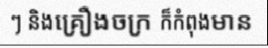
ៗ និងគ្រឿងចក្រ ក៏កំពុងមាន